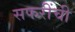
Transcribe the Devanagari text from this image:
सफरींची